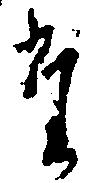
た